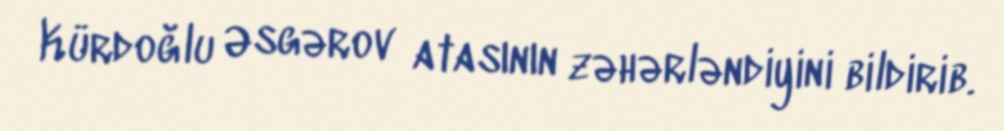
Kürdoğlu Əsgərov atasının zəhərləndiyini bildirib.